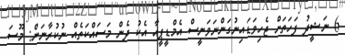
6 ނަޝީދު ފަހަތަށް ޖެހިވަޑައިނުގަންނަވަނީސް އެމްޑީޕީއާ އެކު ދެން މަސައްކަތެއް ނުކުރާނަން: މޫސަ